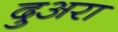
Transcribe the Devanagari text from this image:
दुअरा